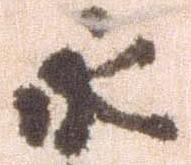
永